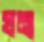
ঘনা